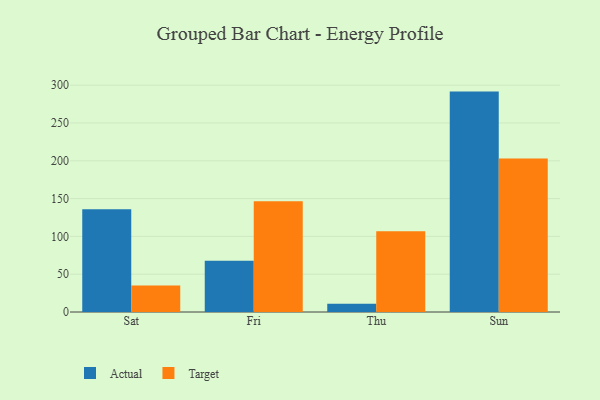
{"axis": {"x": "Day", "y": "Waste Production (Tons)"}, "legend": ["Actual", "Target"], "data": [{"x": "Sat", "y": 135.8, "type": "Actual"}, {"x": "Sat", "y": 34.9, "type": "Target"}, {"x": "Fri", "y": 67.7, "type": "Actual"}, {"x": "Fri", "y": 146.4, "type": "Target"}, {"x": "Thu", "y": 10.8, "type": "Actual"}, {"x": "Thu", "y": 106.8, "type": "Target"}, {"x": "Sun", "y": 291.5, "type": "Actual"}, {"x": "Sun", "y": 202.9, "type": "Target"}]}